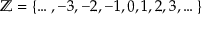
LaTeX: \mathbb { Z } = \{ \dots , - 3 , - 2 , - 1 , 0 , 1 , 2 , 3 , \dots \}